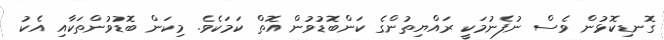
ގޮނޑިކޮޅުން ވެސް ނުފެނުމަކީ ރައްޔިތުންގެ ކަންބޮޑުވުން އޮތް ކަމަކެވެ. މިކަަން ބޮޑުވުންތަކާއި އެކު